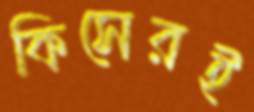
কিসেরই